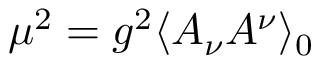
\mu ^ { 2 } = g ^ { 2 } \langle A _ { \nu } A ^ { \nu } \rangle _ { 0 }